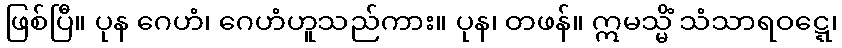
ဖြစ်ပြီ။ ပုန ဂေဟံ၊ ဂေဟံဟူသည်ကား။ ပုန၊ တဖန်။ ဣမသ္မိံ သံသာရဝဋ္ဋေ၊